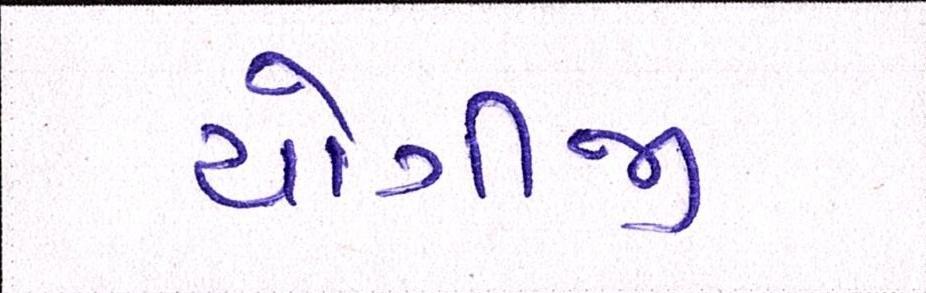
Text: યોગીજી